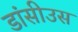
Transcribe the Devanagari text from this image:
डांसीउस